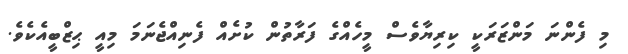
މި ފެންނަ މަންޒަރަކީ ކިރިޔާވެސް މީހެއްގެ ފަރާތުން ކުށެއް ފެނިއްޖެނަމަ މިއީ ޙިޒްބީއެކެވެ.